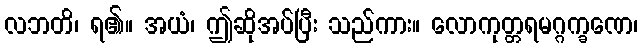
လဘတိ၊ ရ၏။ အယံ၊ ဤဆိုအပ်ပြီး သည်ကား။ လောကုတ္တရမဂ္ဂက္ခဏေ၊